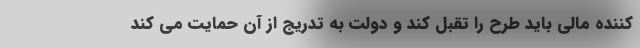
کننده مالی باید طرح را تقبل کند و دولت به تدریج از آن حمایت می کند